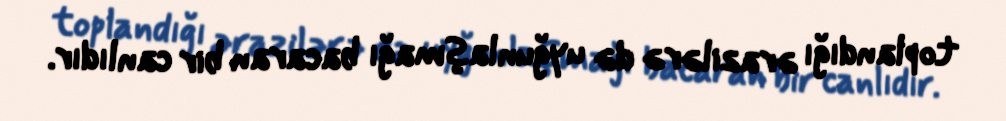
toplandığı ərazilərə də uyğunlaşmağı bacaran bir canlıdır.